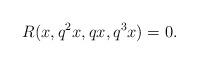
LaTeX: \begin{align*} R(x, q^{2}x, qx, q^{3}x)=0. \end{align*}